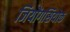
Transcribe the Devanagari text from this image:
जियोंगसियोक